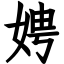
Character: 娉